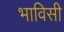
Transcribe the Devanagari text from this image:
भाविसी